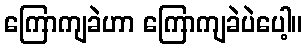
ကြောကျခဲဟာ ကြောကျခဲပဲပေါ့။